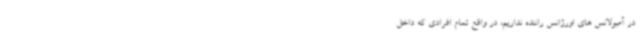
در آمبولانس های اورژانس راننده نداریم، در واقع تمام افرادی که داخل